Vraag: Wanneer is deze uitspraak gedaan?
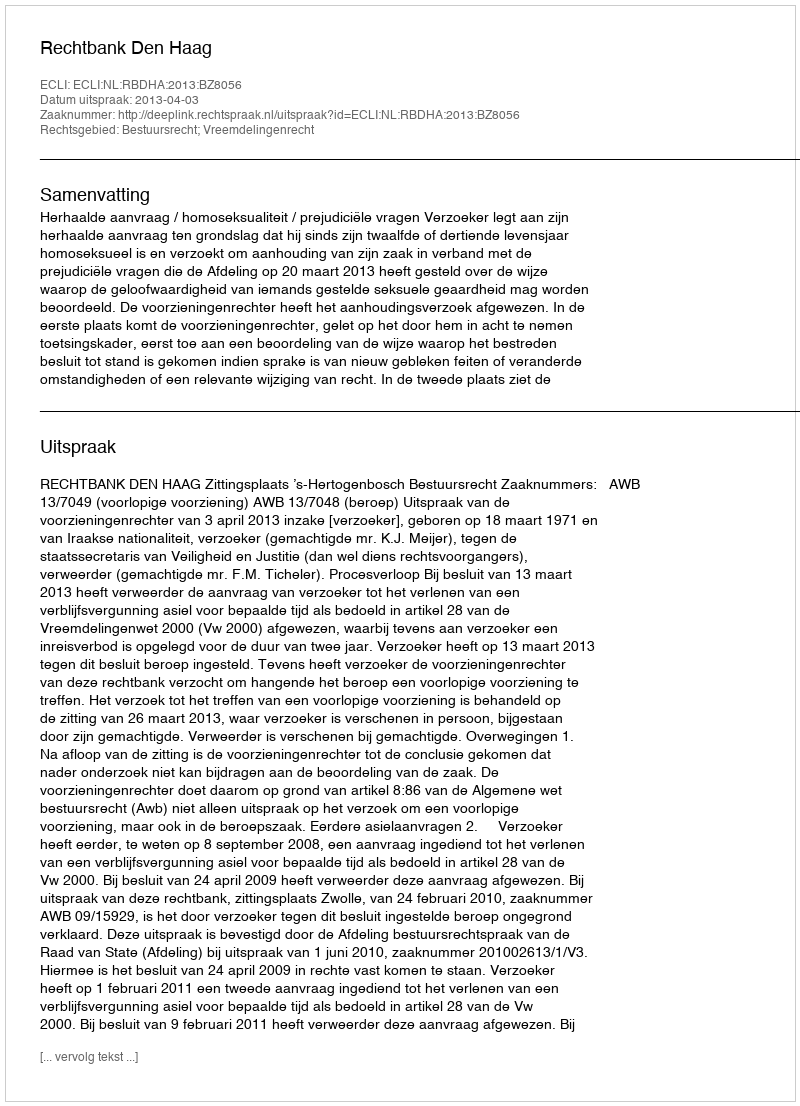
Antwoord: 2013-04-03